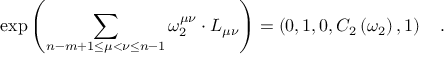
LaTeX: \exp \left( \sum _ { n - m + 1 \le \mu < \nu \le n - 1 } \omega _ { 2 } ^ { \mu \nu } \cdot L _ { \mu \nu } \right) = \left( 0 , 1 , 0 , C _ { 2 } \left( \omega _ { 2 } \right) , 1 \right) \quad .